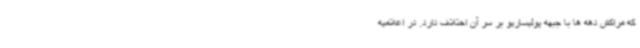
که مراکش دهه ها با جبهه پولیساریو بر سر آن اختلاف دارد. در اعلامیه